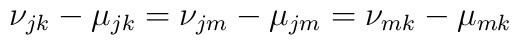
\nu_{jk}-\mu_{jk}=\nu_{jm}-\mu_{jm}=\nu_{mk}-\mu_{mk}